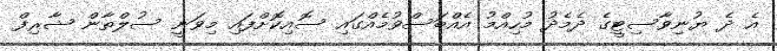
އެ ދެ ޔުނިވާސިޓީގެ ދެމެދު މުހިއްމު އެއްބަސްވުމެއްގައި ސޮއިކޮށްފައި މިވަނީ ސުލްތާން ޝާރިފް